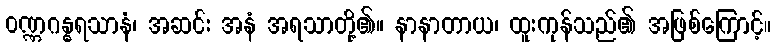
ဝဏ္ဏဂန္ဓရသာနံ၊ အဆင်း အနံ အရသာတို့၏။ နာနာတာယ၊ ထူးကုန်သည်၏ အဖြစ်ကြောင့်။